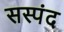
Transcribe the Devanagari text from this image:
सस्पंद